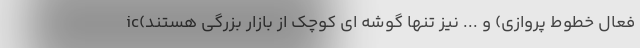
ic(فعال خطوط پروازی) و ... نیز تنها گوشه ای کوچک از بازار بزرگی هستند